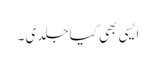
ایسی بھی کیا جلدی۔